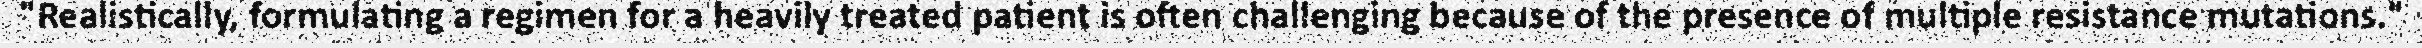
"Realistically, formulating a regimen for a heavily treated patient is often challenging because of the presence of multiple resistance mutations."